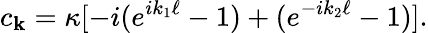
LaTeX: c_{\mathbf{k}}=\kappa[-i(e^{ik_{1}\ell}-1)+(e^{-ik_{2}\ell}-1)].